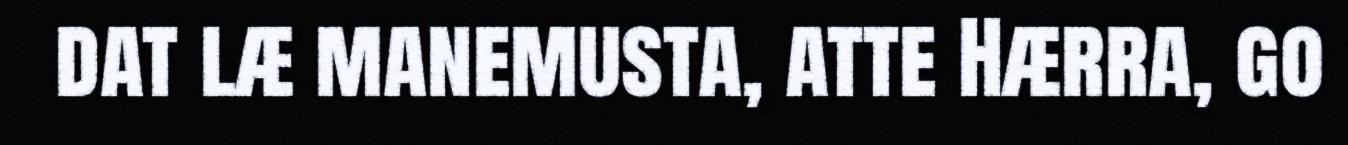
dat læ manemusta, atte Hærra, go